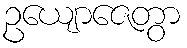
ဥယျောဇေတွာ